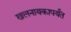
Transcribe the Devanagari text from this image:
खलनायकापर्यंत